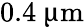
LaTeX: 0.4~{\upmu\mathrm{m}}